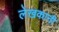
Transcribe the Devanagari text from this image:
लेखकानी